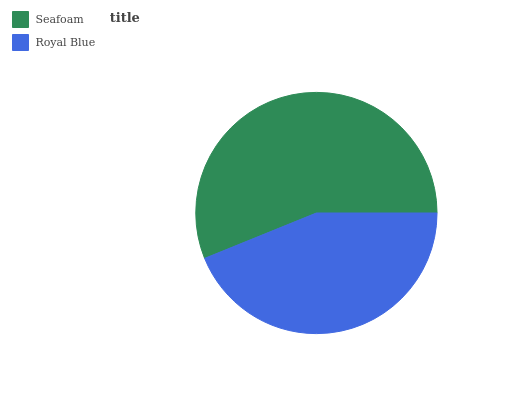
| Seafoam | Royal Blue |
 | --- | --- |
 | 56.1% | 43.9% |